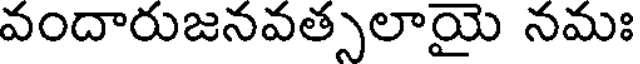
వందారుజనవత్సలాయై నమః